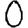
Digit: 0